Report on horse surra - Volume II, Part II
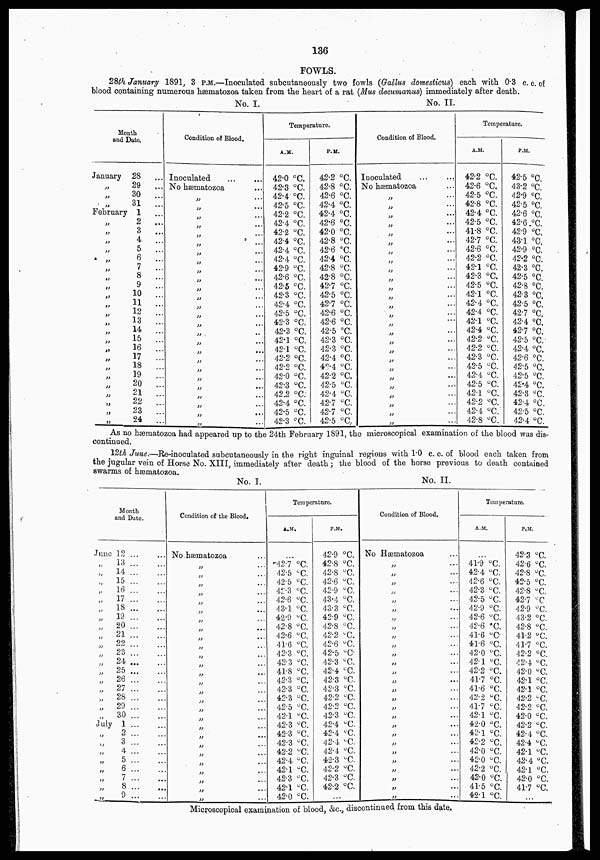
136
FOWLS.
28th January 1891, 3 P.M.-Inoculated subcutaneously two fowls (Gallus domesticus) each with 0.3 c. c. of
blood containing numerous hæmatozoa taken from the heart of a rat (Mus decumanus) immediately after death.
No. I. No. II
Month
and Date.
January 28 ...
„ 29
...
„
30
...
„ 31 ...
...February 1 ...
„
2
...
„
3 ...
„
4
...
„
5
...
„
6
...
„ 7 ...
„ 8 ...
„ 9 ...
„ 10 ...
„ 11 ...
„ 12 ...
„ 13 ...
„
14
...
„
15
...
„ 16
„ 17 ...
„
18
...
„ 19
20 ...
„ 21 ...
„ 22 ...
„
23
...
„
24 ...
Condition of Blood.
Inoculated ... ...
No hæmatozoa
„ ...
„ ...
„ ...
„ ...
„ ...
„ ...
„ ...
„ ...
„ ...
„ ...
„ ...
„ ...
„ ...
„ ...
„ ...
„ ...
„ ...
„ ...
„ ...
„ ...
„ ...
„ ...
„ ...
„ ...
...
Temperature.
A.M.
42.0 °C.
42.3 °C.
42.4 °C.
42.5 °C.
42.2 °C.
42.4 °C.
42.2 °C.
42.4 °C.
42.4 °C.
42.4 °C.
42.9 °C.
42.6 °C.
42.5 ºC.
42.3 °C.
42.4 °C.
42.5 °C.
42.3 °C.
42.3 °C.
42.1 °C.
42.1 °C.
42.2 °C.
42.2 °C.
42.0 °C.
42.3 °C.
42.2 °C.
42.4 °C.
42.5 °C.
42.3 °C.
P.M.
42.2 °C.
42.8 °C.
42.6 °C.
42.4 °C.
42.4 °C.
42.6 °C.
42.0 °C.
42.8 °C.
42.6 °C.
42.4 °C.
42.8 °C.
42.8 °C.
42.7 °C.
42.5 °C.
42.7 °C.
42.6 °C.
42.6 °C.
42.5 °C.
42.3 °C.
42.3 °C.
42.4 °C.
42.4 °C.
42.2 °C.
42.5 °C.
42.4 °C.
42.7 °C.
42.7 °C.
42.5 °C.
Condition of Blood.
Inoculated
...
...
No hæmatozoa
„ ...
„ ...
„ ...
„ ...
„ ...
„ ...
„ ...
„ ...
„ ...
„ ...
„ ...
„ ...
„ ...
„ ...
„ ...
„ ...
„ ...
„ ...
„ ...
„ ...
„ ...
„ ...
Temperature.
A.M.
42.2 °C.
42.6 °C.
42.5 °C.
42.8 °C.
42.4 °C.
42.5 °C.
41.8 °C.
42.7 °C.
42.6 °C.
42.2 °C.
42.1 °C.
42.3 °C.
42.5 °C.
42.1 °C.
42.4 °C.
42.4 °C.
42.1 °C.
42.4 °C.
42.2 °C.
42.2 °C.
42.3 °C.
42.5 °C.
42.4 °C.
42.5 °C.
42.1 °C.
42.2 °C.
42.4 °C.
42.8 °C.
P.M.
42.5 °C.
43.2 °C.
42.9 °C.
42.5 °C.
42.6 °C.
42.6 °C.
42.9 °C.
43.1 °C.
42.9 °C.
42.2 °C.
42.3 °C.
42.5 °C.
42.8 °C.
42.3 °C.
42.5 °C.
42.7 °C.
42.4 °C.
42.7 °C.
42.5 °C.
42.4 °C.
42.6 °C.
42.5 °C.
42.5 °C.
42.4 °C.
42.3 °C.
42.4 °C.
42.5 °C.
42.4 °C.
As
no hæmatozoa had appeared up to the 24th February 1891, the microscopical examination of the blood was dis-
continued.
12th June.- Re-inoculated subcutaneously in the right inguinal regions with 1.0 c.c.of blood each taken from
the jugular vein of Horse No. XIII, immediately after death; the blood of the horse previous to death contained
swarms of hæmatozoa.
No. I.
No.
II
Month
and Date.
June 12
.,
13
„ 14
„
15
„
16
„
17
„ 18
„ 19
„ 20
21
„ 22
„ 23
„
24
„
25
„ 26
„
27
„
28
„
29
„
30
July 1
„
2
„
3
„
4
„
5
„
6
„ 7
„
8
„
9......
Condition of the Blood.
No .hæmatozoa
„ ...
„ ...
„ ...
„ ...
„ ...
„ ...
„ ...
„
„ ...
„
„ ...
„ ...
„ ...
„ ...
„ ...
„ ...
„ ...
„ ...
„ ...
„ ...
„
„ ...
„ ...
„ ...
„ ...
„ ...
Temperature.
A.M.
42.7 °C.
42.5 °C.
42.5 °C.
41.3 °C.
42.6 °C.
43.1 °C.
42.9 °C.
42.8 °C.
42.6 °C.
41.6 °C.
42.3 °C.
42.3 °C.
41.8 °C.
42.3 °C.
42.3 °C.
42.3 °C.
42.5 °C.
42.1 °C.
42.3 °C.
42.3 °C.
42.3 °C.
42.2 °C.
42.4 °C.
42.1 °C.
42.3 °C.
42.1 °C.
42.0 °C.
P.M.
42.9 °C.
42.8 °C.
42.8 °C.
42.6 °C.
42.9 °C.
43.4 °C
43.3 °C.
42.9 °C.
42.8 °C.
42.2 °C.
42.6 °C.
42.5 °C.
42.3 °C.
42.4 °C.
42.3 °C.
42.3 °C.
42.2 C C.
42.2 °C.
42.3 °C.
42.4 °C.
42.4 ºC.
42.4 °C.
42.4 °C.
42.3 °C.
42.2 °C.
42.3 °C.
42.2 °C.
....
Condition of Blood.
No Hæmatozoa
„
Temperature.
A.M.
...
41.9 °C.
42.4 °C.
42.6 °C.
42.3 °C.
42.5 °C.
42.9 °C.
42.6 °C.
42.6 °C.
41.6 °C
41.6 °C.
42.0 °C.
42.1 °C.
42.2 °C.
41.7 °C.
41.6 °C.
42.2 °C.
41.7 ºC.
42.1 °C.
42.0 °C.
42.1 °C.
42.2 °C.
42.0 °C.
42.0 °C.
42.2 °C.
42.0 °C.
41.5 °C.
42.1 °C.
P.M.
42.3 °C.
42.6 °C.
42.8 °C.
42.5 °C.
42.8 °C.
42.7 °C
42.9 °C.
43.2 °C.
42.8 °C.
41.2 °C.
41.7 °C.
42.2 °C.
42.4 °C.
42.0 °C.
42.1 °C.
42.1 °C.
42.2 °C.
42.2 °C.
42.0 °C.
42.2 °C.
42.4 °C.
42.4 °C.
42.1 °C.
42.4 °C.
42.1 °C.
42.0 °C.
41.7 °C.
...
Microscopical examination of blood, &c., discontinued from this date.